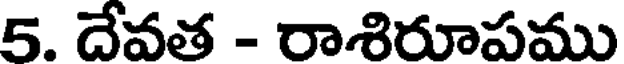
5. దేవత - రాశిరూపము